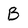
Character: B